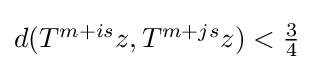
{\textstyle d(T^{m+is}z,T^{m+js}z)<{\frac {3}{4}}}